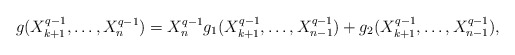
\begin{align*}g(X_{k+1}^{q-1},\dots,X_n^{q-1})=X_n^{q-1}g_1(X_{k+1}^{q-1},\dots,X_{n-1}^{q-1})+g_2(X_{k+1}^{q-1},\dots,X_{n-1}^{q-1}),\end{align*}